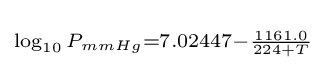
\scriptstyle \log _{10}P_{mmHg}=7.02447-{\frac {1161.0}{224+T}}